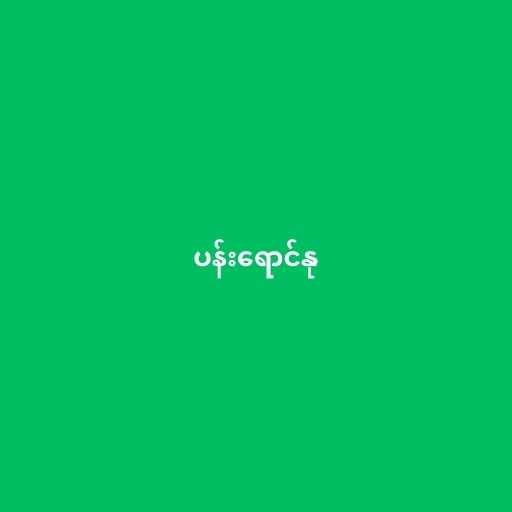
ပန်းရောင်နု